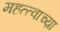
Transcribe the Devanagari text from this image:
महत्त्वाच्य़ा